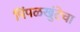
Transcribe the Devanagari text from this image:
पिंपळखुंटेचा